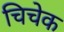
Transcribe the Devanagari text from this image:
चिचेक